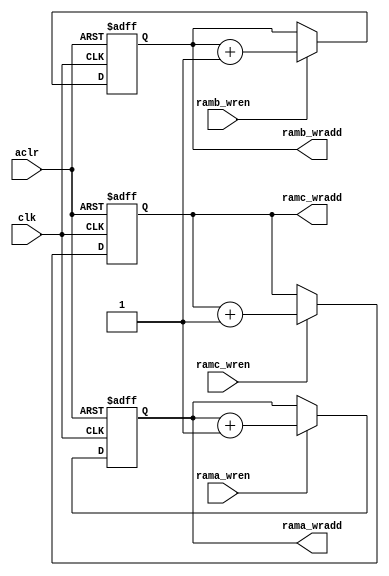
module gen_ram_wradd (
clk,
aclr,
rama_wren, 
ramb_wren,
ramc_wren,
rama_wradd,
ramb_wradd,
ramc_wradd);

input clk, aclr;
input rama_wren, ramb_wren, ramc_wren;
output [4:0] rama_wradd, ramb_wradd, ramc_wradd;

	//Register Declaration
	reg [4:0] rama_wradd, ramb_wradd, ramc_wradd;
	
	always @ (posedge clk or posedge aclr)
	begin
		if (aclr)
			rama_wradd <= 0;
		else if (rama_wren)
			rama_wradd <= rama_wradd + 1;
	end
	
	always @ (posedge clk or posedge aclr)
	begin
		if (aclr)
			ramb_wradd <= 0;
		else if (ramb_wren)
			ramb_wradd <= ramb_wradd + 1;
	end
	
	always @ (posedge clk or posedge aclr)
	begin
		if (aclr)
			ramc_wradd <= 0;
		else if (ramc_wren)
			ramc_wradd <= ramc_wradd + 1;
	end

endmodule